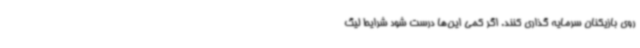
روی بازیکنان سرمایه گذاری کنند. اگر کمی این‌ها درست شود شرایط لیگ